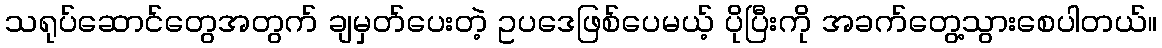
သရုပ်ဆောင်တွေအတွက် ချမှတ်ပေးတဲ့ ဥပဒေဖြစ်ပေမယ့် ပိုပြီးကို အခက်တွေ့သွားစေပါတယ်။